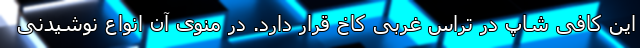
این کافی شاپ در تراس غربی کاخ قرار دارد. در منوی آن انواع نوشیدنی